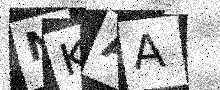
Text: NKAA